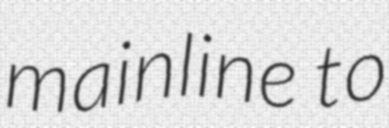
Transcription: mainline to